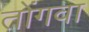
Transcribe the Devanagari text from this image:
तोंगवा